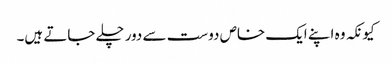
کیونکہ وہ اپنے ایک خاص دوست سے دور چلے جاتے ہیں۔